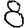
Digit: 8